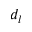
d _ { l }